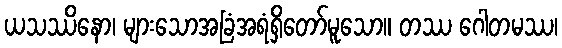
ယသဿိနော၊ များသောအခြံအရံရှိတော်မူသော။ တဿ ဂေါတမဿ၊